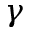
\gamma